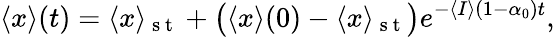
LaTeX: \langle x\rangle(t)=\langle x\rangle_{\mathrm{~s~t~}}+\big(\langle x\rangle(0)-\langle x\rangle_{\mathrm{~s~t~}}\big)e^{-\langle I\rangle(1-\alpha_{0})t},